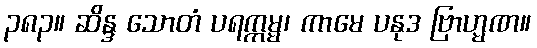
၃၈၃။ ဆိန္ဒ သောတံ ပရက္ကမ္မ၊ ကာမေ ပနုဒ ဗြာဟ္မဏ။